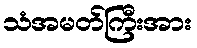
သံအမတ်ကြီးအား